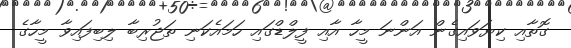
ގޮތާއި ކިޔަވައިގެން އަންނަ މީހާ އާއި ފީލްޑްގައި ހަމައެކަނި ތަޖުރިބާ ލިބިފައިވާ މީހާގެ